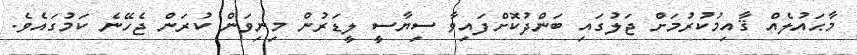
މާޙައުލެއް ޤާއިމުކުރުމަށް ޖަލުގައި ބަންދުކޮށްފައިވާ ސިޔާސީ ލީޑަރުން މިނިވަން ކުރަން ޖެހޭނެ ކަމުގައެވެ.